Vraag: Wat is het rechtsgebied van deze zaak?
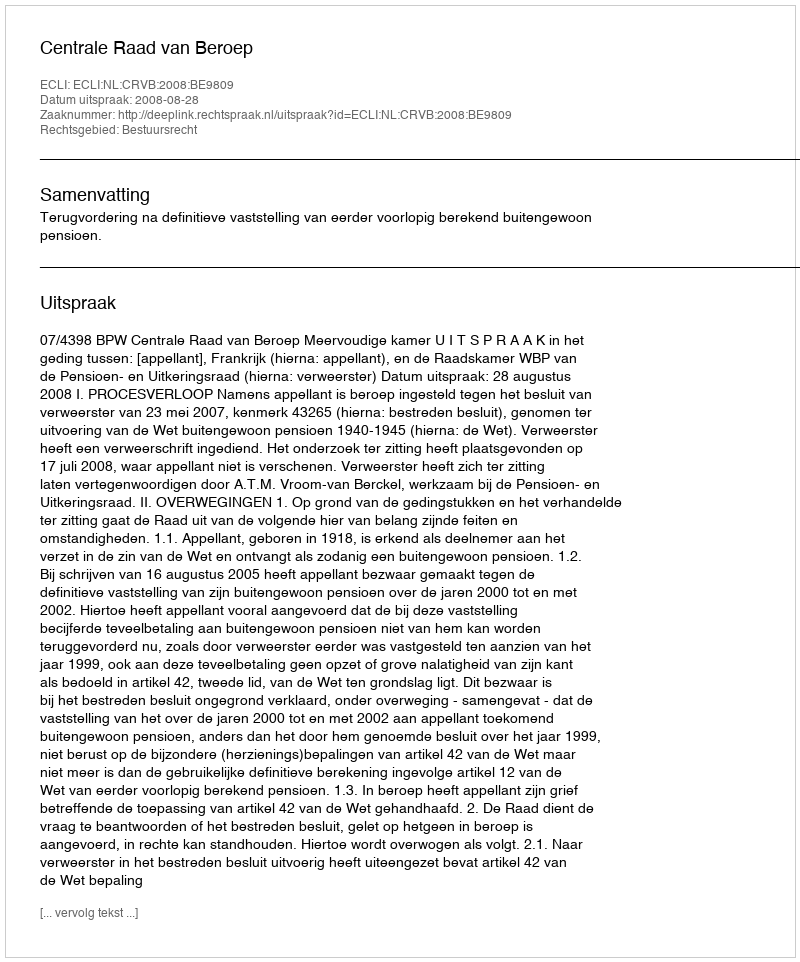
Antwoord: Bestuursrecht